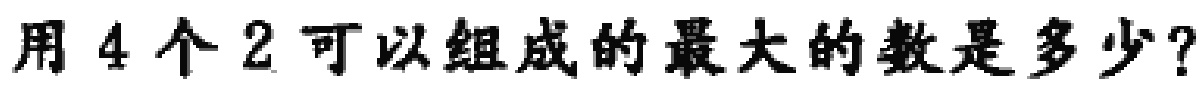
用 4 个 2 可以组成的最大的数是多少？